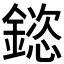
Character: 𮢯